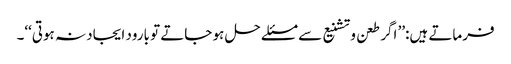
فرماتے ہیں:’’ اگر طعن و تشنیع سے مسئلے حل ہو جاتے تو بارود ایجاد نہ ہوتی‘‘۔